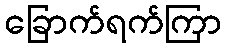
ခြောက်ရက်ကြာ